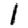
Digit: 1